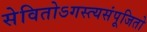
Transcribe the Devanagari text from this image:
सेवितोऽगस्त्यसंपूजितो